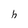
Character: h